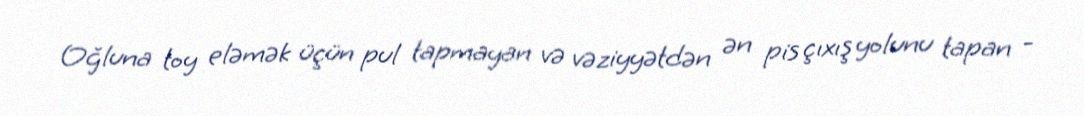
Oğluna toy eləmək üçün pul tapmayan və vəziyyətdən ən pis çıxış yolunu tapan -